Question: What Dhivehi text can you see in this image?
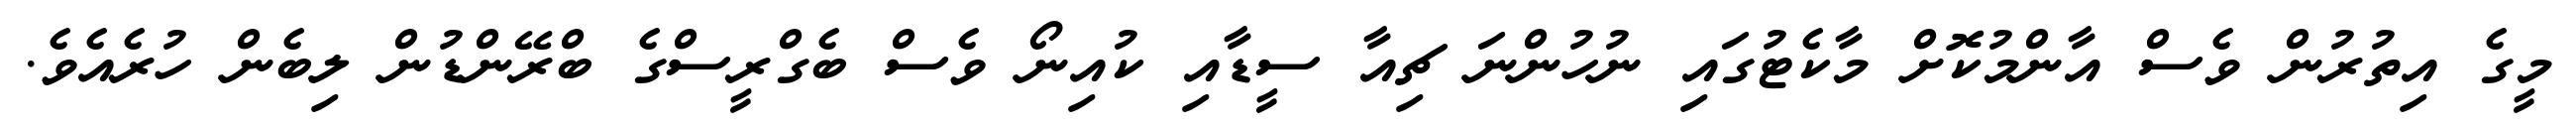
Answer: މީގެ އިތުރުން ވެސް އާންމުކޮށް މާކެޓުގައި ނުހުންނަ ޗިއާ ސީޑާއި ކުއިނޯ ވެސް ބެގްރީސްގެ ބްރޭންޑުން ލިބެން ހުރެއެވެ.